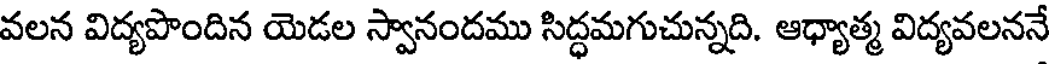
వలన విద్యపొందిన యెడల స్వానందము సిద్ధమగుచున్నది. ఆధ్యాత్మ విద్యవలననే